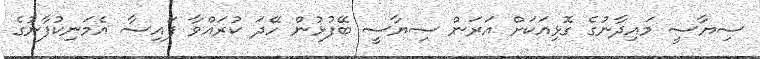
ސިޔާސީ މައިދާނުގެ ގޮޅިއަކަށް އަރަން ސިޔާސީ ބޭފުޅުން ހޭދަ ކުރައްވާ ފައިސާ އެމަނިކުފާނުގެ